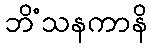
ဘိံသနကာနိ